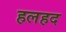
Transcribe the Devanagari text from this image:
हलहद